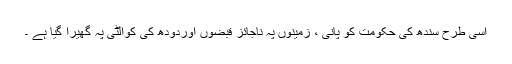
اسی طرح سندھ کی حکومت کو پانی ، زمینوں پہ ناجائز قبضوں اوردودھ کی کوالٹی پہ گھیرا گیا ہے ۔